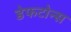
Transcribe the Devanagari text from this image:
डेफटोन्स